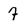
Character: 7